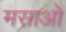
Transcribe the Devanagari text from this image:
मसाओ